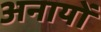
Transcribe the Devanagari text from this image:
अनायों